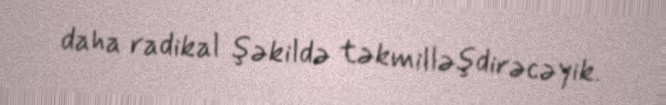
daha radikal şəkildə təkmilləşdirəcəyik.